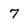
Character: 7